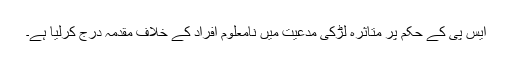
ایس پی کے حکم پر متاثرہ لڑکی مدعیت میں نامعلوم افراد کے خلاف مقدمہ درج کرلیا ہے۔